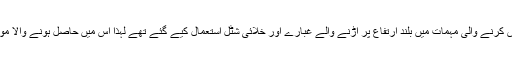
اس سے پیش تر ضد مادّے کو تلاش کرنے والی مہمات میں بلند ارتفاع پر اڑنے والے غبارے اور خلائی شٹل استعمال کیے گئے تھے لہٰذا اس میں حاصل ہونے والا مواد ایک ہفتے سے زیادہ کا نہیں تھا۔